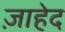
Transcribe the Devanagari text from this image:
ज़ाहेद